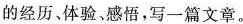
经历。体验。感悟，写一篇文章。